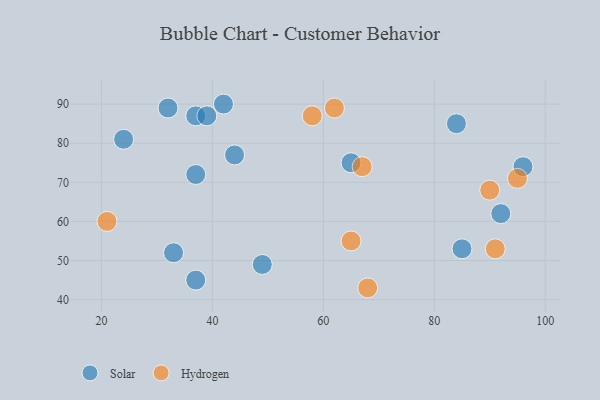
{"axis": {"x": "GDP", "y": "Life Expectancy"}, "legend": ["Hydrogen", "Solar"], "data": [{"x": "92", "y": 62, "type": "Solar"}, {"x": "37", "y": 87, "type": "Solar"}, {"x": "84", "y": 85, "type": "Solar"}, {"x": "32", "y": 89, "type": "Solar"}, {"x": "44", "y": 77, "type": "Solar"}, {"x": "24", "y": 81, "type": "Solar"}, {"x": "39", "y": 87, "type": "Solar"}, {"x": "85", "y": 53, "type": "Solar"}, {"x": "42", "y": 90, "type": "Solar"}, {"x": "37", "y": 45, "type": "Solar"}, {"x": "96", "y": 74, "type": "Solar"}, {"x": "37", "y": 72, "type": "Solar"}, {"x": "65", "y": 75, "type": "Solar"}, {"x": "33", "y": 52, "type": "Solar"}, {"x": "49", "y": 49, "type": "Solar"}, {"x": "95", "y": 71, "type": "Hydrogen"}, {"x": "68", "y": 43, "type": "Hydrogen"}, {"x": "62", "y": 89, "type": "Hydrogen"}, {"x": "58", "y": 87, "type": "Hydrogen"}, {"x": "91", "y": 53, "type": "Hydrogen"}, {"x": "90", "y": 68, "type": "Hydrogen"}, {"x": "21", "y": 60, "type": "Hydrogen"}, {"x": "67", "y": 74, "type": "Hydrogen"}, {"x": "65", "y": 55, "type": "Hydrogen"}]}